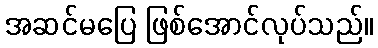
အဆင်မပြေ ဖြစ်အောင်လုပ်သည်။